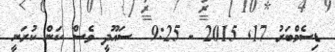
ޑިސެމްބަރު 17